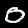
Label: 0